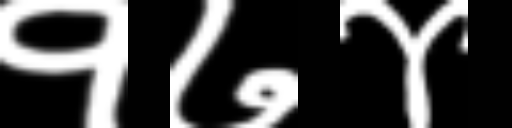
Text: १७४